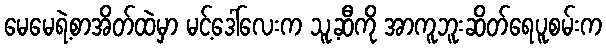
မေမေရဲ့စာအိတ်ထဲမှာ မင့်ဒေါ်လေးက သူ့ဆီကို အာကူဘူးဆိတ်ရေပူစမ်းက